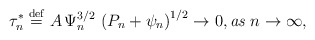
\begin{align*}\tau _{n}^{*}\stackrel{\rm def}{=}A\,\Psi _{n}^{3/2}\,\left( P_{n}+\psi_{n}\right) ^{1/2}\rightarrow 0,{\bf }\mbox{{\it as} }n\rightarrow\infty , \end{align*}